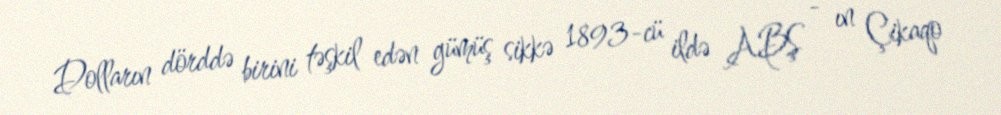
Dolların dörddə birini təşkil edən gümüş sikkə 1893-cü ildə ABŞ - ın Çikaqo